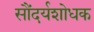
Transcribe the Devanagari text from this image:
सौंदर्यशोधक